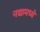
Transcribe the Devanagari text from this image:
नद्यामध्ये